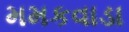
મમકવાડા